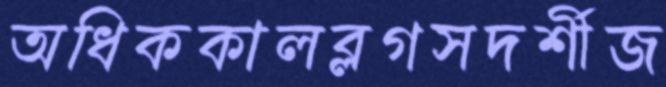
অধিককালব্লগসদর্শীজ